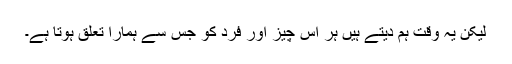
لیکن یہ وقت ہم دیتے ہیں ہر اس چیز اور فرد کو جس سے ہمارا تعلق ہوتا ہے۔